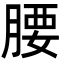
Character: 腰